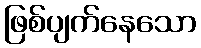
ဖြစ်ပျက်နေသော